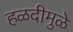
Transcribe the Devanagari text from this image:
हळदीमुळे